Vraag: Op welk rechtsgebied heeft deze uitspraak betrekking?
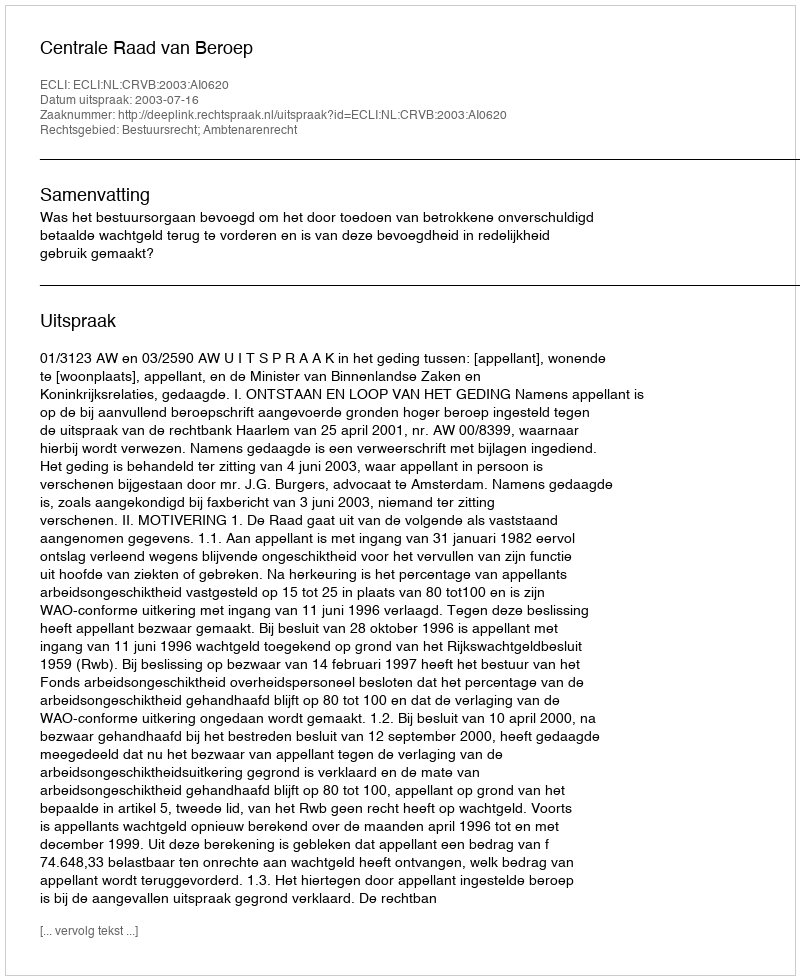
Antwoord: Bestuursrecht; Ambtenarenrecht